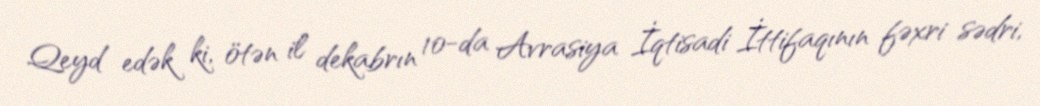
Qeyd edək ki, ötən il dekabrın 10-da Avrasiya İqtisadi İttifaqının fəxri sədri,